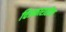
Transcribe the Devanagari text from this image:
चित्रकारातील